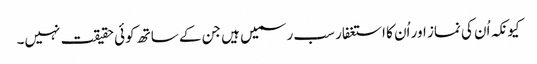
کیونکہ اُن کی نماز اور اُن کا استغفار سب رسمیں ہیں جن کے ساتھ کوئی حقیقت نہیں۔